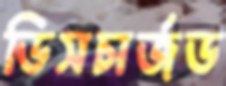
ডিসচার্জড